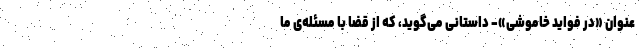
عنوان «در فواید خاموشی»- داستانی می‌گوید، که از قضا با مسئله‌ی ما